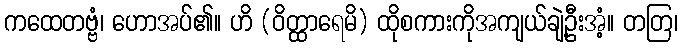
ကထေတဗ္ဗံ၊ ဟောအပ်၏။ ဟိ (ဝိတ္ထာရေမိ) ထိုစကားကိုအကျယ်ချဲ့ဦးအံ့။ တတြ၊